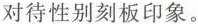
对待性别刻板印象。